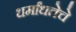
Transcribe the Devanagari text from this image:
धर्मांधतेचे